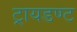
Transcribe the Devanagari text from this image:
ट्रायडण्ट